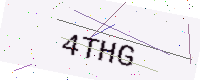
Text: 4THG